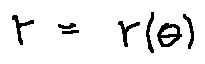
r = r ( \theta )